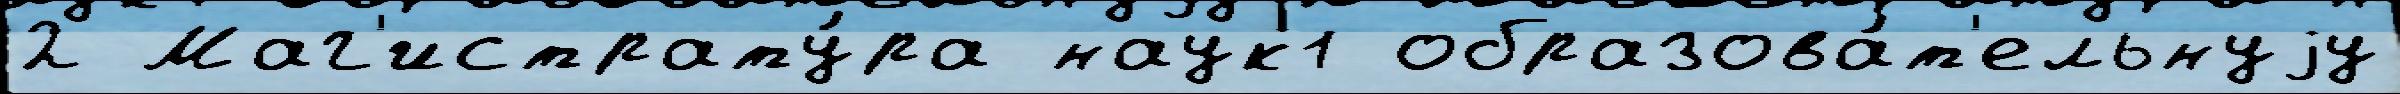
2 Маг'истрату́ра наук1 образова́т'ельнуjу